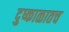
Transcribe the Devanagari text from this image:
दुष्काळातच